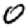
Digit: 0